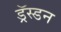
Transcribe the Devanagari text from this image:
ड्रॅस्डन